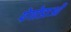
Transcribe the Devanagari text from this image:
पेगोडाओं